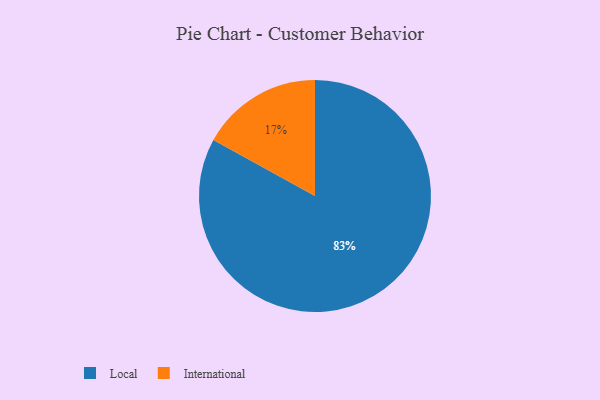
{"axis": {"x": "Category", "y": "Percentage"}, "legend": ["International", "Local"], "data": [{"x": "International", "y": 17, "type": "International"}, {"x": "Local", "y": 83, "type": "Local"}]}